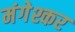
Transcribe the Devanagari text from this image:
मंगेश्कर